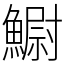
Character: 䲁